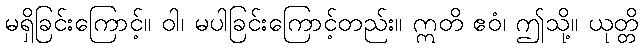
မရှိခြင်းကြောင့်။ ဝါ၊ မပါခြင်းကြောင့်တည်း။ ဣတိ ဧဝံ၊ ဤသို့။ ယုတ္တိ